Annual report on the mental hospital in the Central Provinces and Berar (Nagpur) - 1927-1951
Year: 1927
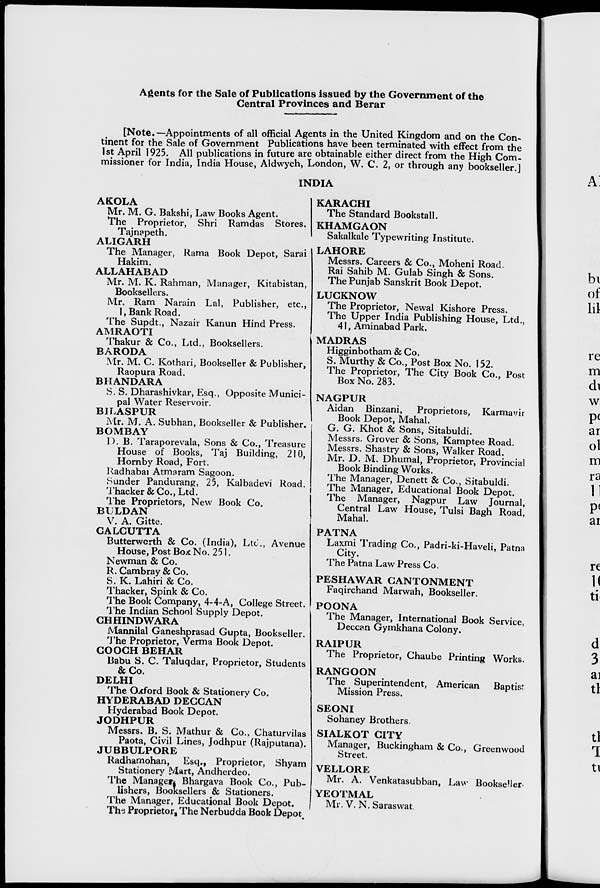
Agents for the Sale of Publications issued by the Government of the
Central Provinces and Berar
[Note.—Appointments of all official Agents in the United Kingdom and on the Con-
tinent for the Sale of Government Publications have been terminated with effect from the
1st April 1925. All publications in future are obtainable either direct from the High Com-
missioner for India, India House, Aldwych, London, W. C. 2, or through any bookseller.]
INDIA
AKOLA
Mr. M. G. Bakshi, Law Books Agent.
The Proprietor, Shri Ramdas Stores,
Tajnapeth.
ALIGARH
The Manager, Rama Book Depot, Sarai
Hakim.
ALLAHABAD
Mr. M. K. Rahman, Manager, Kitabistan,
Booksellers.
Mr. Ram Narain Lal Publisher, etc.,
1, Bank Road.
The Supdt., Nazair Kanun Hind Press.
AMRAOTI
Thakur & Co., Ltd., Booksellers.
BARODA
Mr. M. C. Kothari, Bookseller & Publisher,
Raopura Road.
BHANDARA
S. S. Dharashivkar, Esq., Opposite Munici-
pal Water Reservoir.
BILASPUR
Mr. M. A. Subhan, Bookseller & Publisher.
BOMBAY
D. B. Taraporevala, Sons & Co., Treasure
House of Books, Taj Building, 210,
Hornby Road, Fort.
Radhabai Atmaram Sagoon.
Sunder Pandurang, 25, Kalbadevi Road.
Thacker&Co.,Ltd.
The Proprietors, New Book Co.
BULDAN
V. A. Gitte.
CALCUTTA
Butterworth & Co. (India), Ltd., Avenue
House, Post Box No. 251.
Newman & Co.
R.Cambray&Co.
S. K. Lahiri & Co.
Thacker, Spink & Co.
The Book Company, 4-4-A, College Street.
The Indian School Supply Depot.
CHHINDWARA
Mannilal Ganeshprasad Gupta, Bookseller.
The Proprietor, Verma Book Depot.
COOCH BEHAR
Babu S. C. Taluqdar, Proprietor, Students
&Co.
DELHI
The Oxford Book & Stationery Co.
HYDERABAD DECCAN
Hyderabad Book Depot.
JODHPUR
Messrs. B. S. Mathur & Co., Chaturvilas
Paota, Civil Lines, Jodhpur (Rajputana).
JUBBULPORE
Radhamohan, Esq., Proprietor, Shyam
Stationery Mart, Andherdeo.
The Manager,Bhargava Book Co., Pub-
lishers, Booksellers & Stationers.
The Manager, Educational Book Depot.
The Proprietor, The Nerbudda Book Depot.
KARACHI
The Standard Bookstall.
KHAMGAON
Sakalkale Typewriting Institute.
LAHORE
Messrs. Careers & Co., Moheni Road.
Rai Sahib M. Gulab Singh & Sons.
The Punjab Sanskrit Book Depot.
LUCKNOW
The Proprietor, Newal Kishore Press.
The Upper India Publishing House, Ltd.,
41, Aminabad Park.
MADRAS
Higginbotham & Co.
S. Murthy & Co., Post Box No. 152.
The Proprietor, The City Book Co., Post
Box No. 283.
NAGPUR
Aidan Binzani, Proprietors, Karmavir
Book Depot, Mahal.
G. G. Khot & Sons, Sitabuldi.
Messrs. Grover & Sons, Kamptee Road.
Messrs. Shastry & Sons, Walker Road.
Mr. D. M. Dhumal, Proprietor, Provincial
Book Binding Works.
The Manager, Denett & Co., Sitabuldi.
The Manager, Educational Book Depot.
The Manager, Nagpur Law Journal,
Central Law House, Tulsi Bagh Road,
Mahal.
PATNA
Laxmi Trading Co., Padri-ki-Haveli, Patna
City.
The Patna Law Press Co.
PESHAWAR CANTONMENT
Faqirchand Marwah, Bookseller.
POONA
The Manager, International Book Service,
Deccan Gymkhana Colony.
RAIPUR
The Proprietor, Chaube Printing Works.
RANGOON
The Superintendent, American Baptist
Mission Press.
SEONI
Sohaney Brothers.
SIALKOT CITY
Manager, Buckingham & Co., Greenwood
Street.
VELLORE
Mr. A. Venkatasubban, Law Bookseller,
YEOTMAL
Mr. V. N. Saraswat.